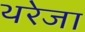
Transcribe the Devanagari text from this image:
थरेजा